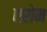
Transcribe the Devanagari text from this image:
एरोम